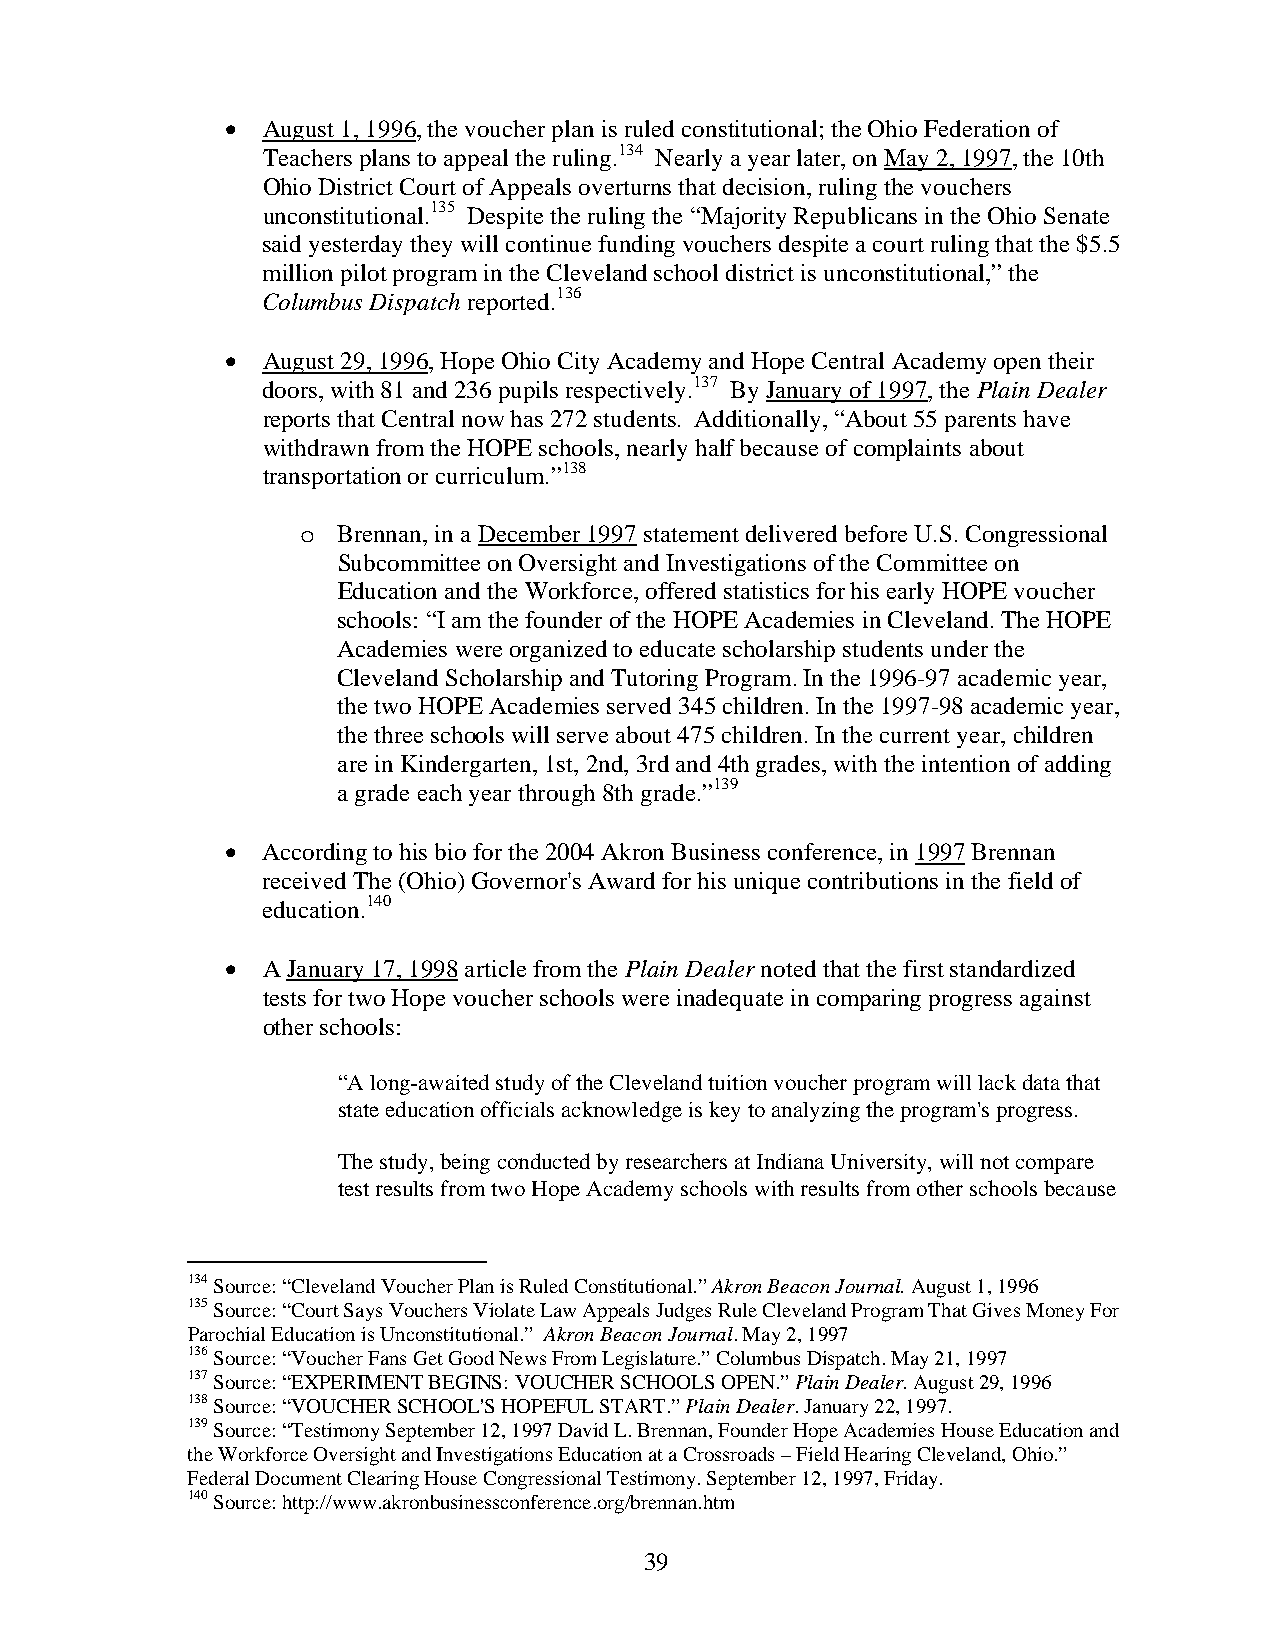
• August 1, 1996, the voucher plan is ruled constitutional; the Ohio Federation of
 Teachers plans to appeal the ruling.134 Nearly a year later, on May 2, 1997, the 10th
 Ohio District Court of Appeals overturns that decision, ruling the vouchers
 unconstitutional.135 Despite the ruling the “Majority Republicans in the Ohio Senate
 said yesterday they will continue funding vouchers despite a court ruling that the $5.5
 million pilot program in the Cleveland school district is unconstitutional,” the
 Columbus Dispatch reported.136
 • August 29, 1996, Hope Ohio City Academy and Hope Central Academy open their
 doors, with 81 and 236 pupils respectively.137 By January of 1997, the Plain Dealer
 reports that Central now has 272 students. Additionally, “About 55 parents have
 withdrawn from the HOPE schools, nearly half because of complaints about
 transportation or curriculum.”138
 o Brennan, in a December 1997 statement delivered before U.S. Congressional
 Subcommittee on Oversight and Investigations of the Committee on
 Education and the Workforce, offered statistics for his early HOPE voucher
 schools: “I am the founder of the HOPE Academies in Cleveland. The HOPE
 Academies were organized to educate scholarship students under the
 Cleveland Scholarship and Tutoring Program. In the 1996-97 academic year,
 the two HOPE Academies served 345 children. In the 1997-98 academic year,
 the three schools will serve about 475 children. In the current year, children
 are in Kindergarten, 1st, 2nd, 3rd and 4th grades, with the intention of adding
 a grade each year through 8th grade.”139
 • According to his bio for the 2004 Akron Business conference, in 1997 Brennan
 received The (Ohio) Governor's Award for his unique contributions in the field of
 education.140
 • A January 17, 1998 article from the Plain Dealer noted that the first standardized
 tests for two Hope voucher schools were inadequate in comparing progress against
 other schools:
 “A long-awaited study of the Cleveland tuition voucher program will lack data that
 state education officials acknowledge is key to analyzing the program's progress.
 The study, being conducted by researchers at Indiana University, will not compare
 test results from two Hope Academy schools with results from other schools because
 134 Source: “Cleveland Voucher Plan is Ruled Constitutional.” Akron Beacon Journal. August 1, 1996
 135 Source: “Court Says Vouchers Violate Law Appeals Judges Rule Cleveland Program That Gives Money For
 Parochial Education is Unconstitutional.” Akron Beacon Journal. May 2, 1997
 136 Source: “Voucher Fans Get Good News From Legislature.” Columbus Dispatch. May 21, 1997
 137 Source: “EXPERIMENT BEGINS: VOUCHER SCHOOLS OPEN.” Plain Dealer. August 29, 1996
 138 Source: “VOUCHER SCHOOL'S HOPEFUL START.” Plain Dealer. January 22, 1997.
 139 Source: “Testimony September 12, 1997 David L. Brennan, Founder Hope Academies House Education and
 the Workforce Oversight and Investigations Education at a Crossroads – Field Hearing Cleveland, Ohio.”
 Federal Document Clearing House Congressional Testimony. September 12, 1997, Friday.
 140 Source: http://www.akronbusinessconference.org/brennan.htm
 39